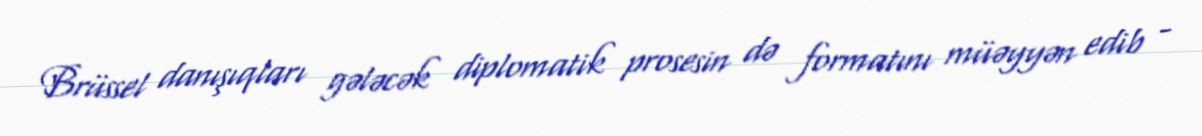
Brüssel danışıqları gələcək diplomatik prosesin də formatını müəyyən edib -